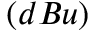
( d B u )